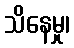
သိနေမှု၊